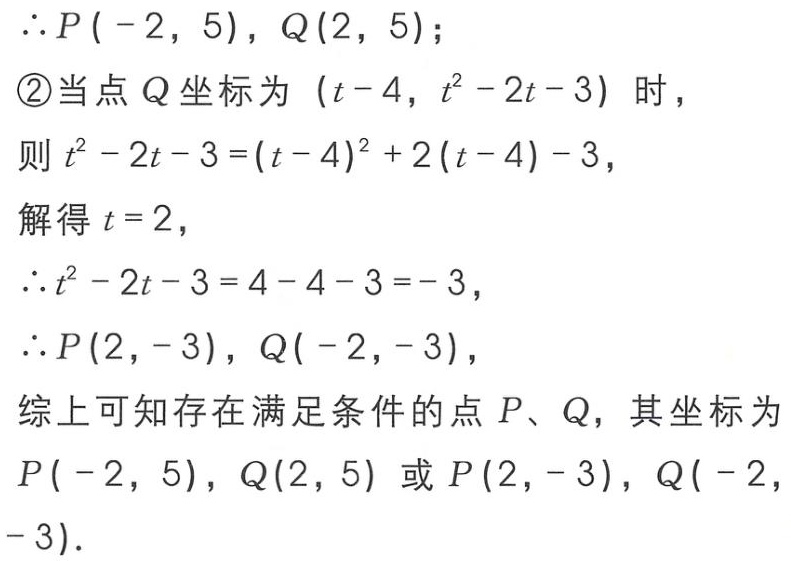
\(\therefore P(-2,5),Q(2,5);\)
\textcircled{2}当点\(Q\)坐标为\((t - 4,t^{2}-2t - 3)\)时，
则\(t^{2}-2t - 3=(t - 4)^{2}+2(t - 4)-3\)，
解得\(t = 2\)，
\(\therefore t^{2}-2t - 3=4 - 4 - 3=-3\)，
\(\therefore P(2,-3),Q(-2,-3)\)，
综上可知存在满足条件的点\(P、Q\)，其坐标为\(P(-2,5),Q(2,5)\)或\(P(2,-3),Q(-2,-3)\).